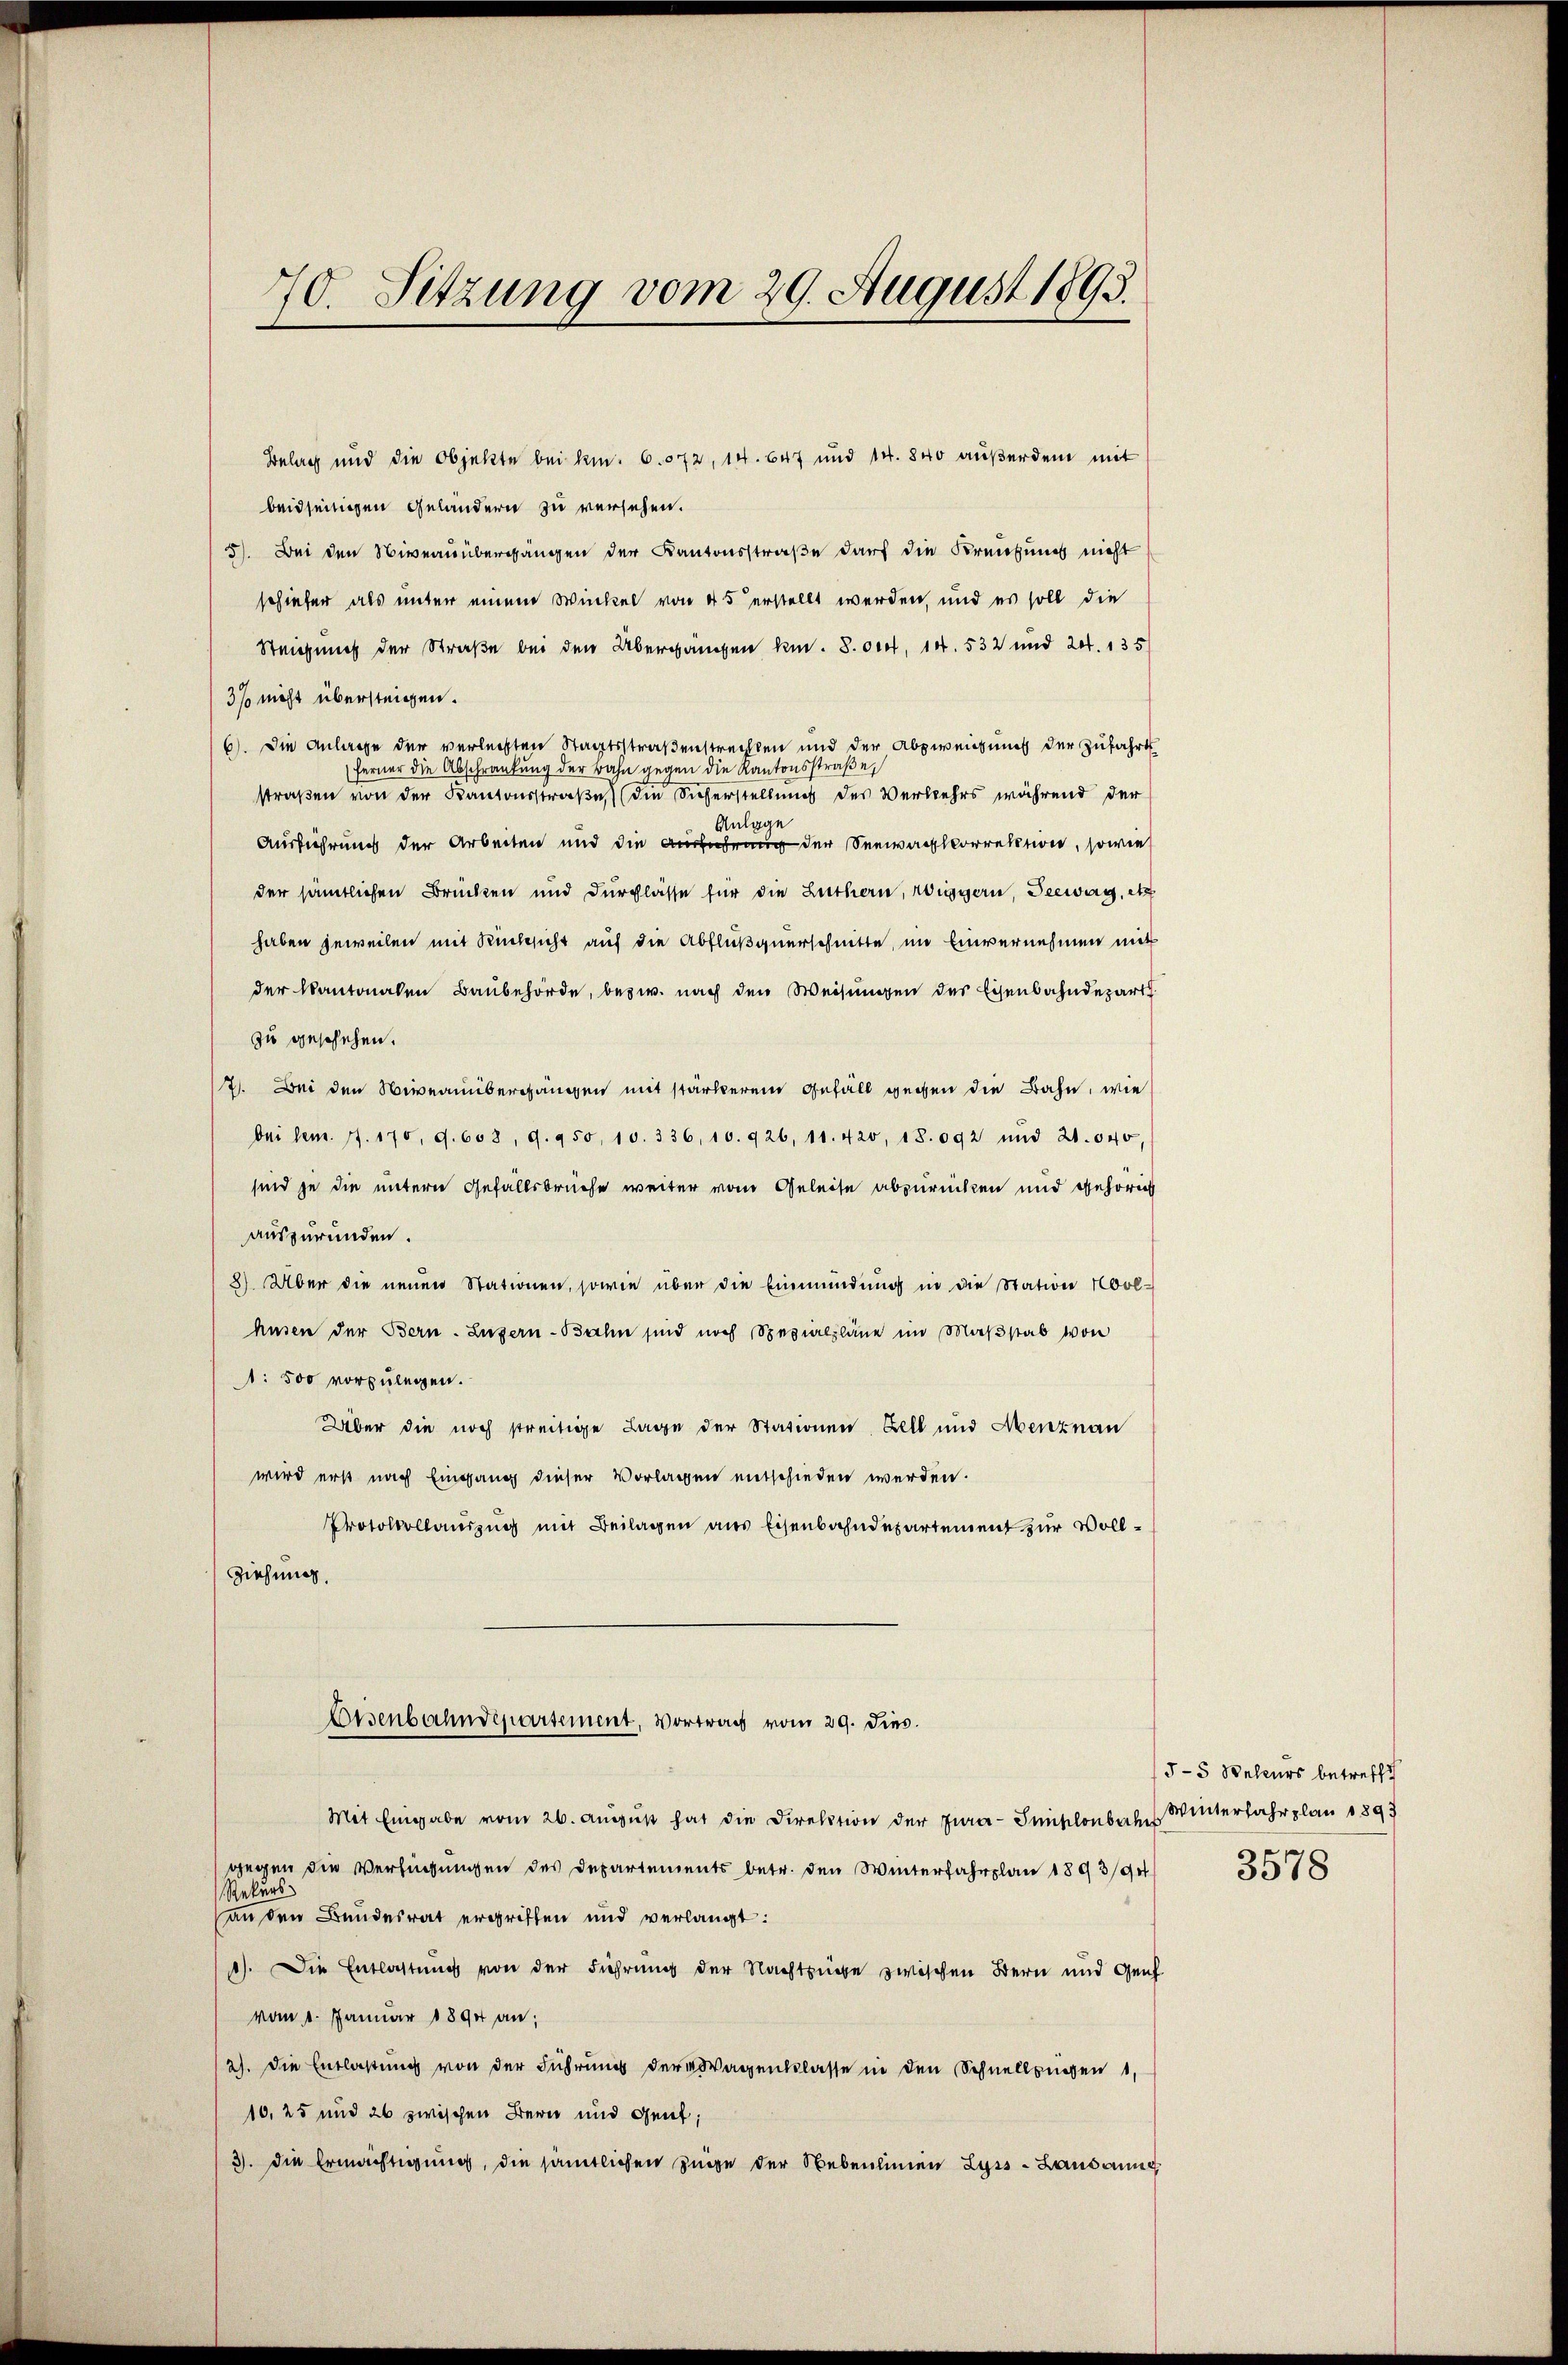
70. Sitzung vom 29. August 1893.

Belag und die Objekte bei kn. 6. 572, 14. Ort und 14. 840 außerdem mit
beidseitigen Geländern zu versehen.
5). Bei den Niveau übergängen der Kantonsstraße darf die Kreisung nicht
schiefer als unter einem Winkel von 45 erstellt werden, und es soll die
Steigung der Straße bei den Übergängen kn. 8. Oct. 14. 532 und 20. 135
3% nicht übersteigen.
6). Die Anlage der verlegten Staatsstraßenstrechten und der Abweichung der zufahrt
ferner die Abschränkung der Bahn gegen die Kantonsstraβe,
straßen von der Kantonsstraβe, (die Sicherstellung des Verkehrs während der
Anlage
Ausführung der Arbeiten und die Ausführung der Seewachkorrektion, sowie
der sämtlichen Brückten und Durchlasse für die Luthern, wiegern, Seewag, etc
haben jeweilen mit Rücksicht auf die Abflußquerschnitte, im Einvernehmen mit
der Kantonalen Baubehörde, bezw. nach den Weisungen des Eisenbahndepart
zu geschehen.
7. Bei den Niveauübergängen mit stärkerem Gefäll gegen die Bahn, wie
bei dem 17. 170, 9. 603, 9. 950, 10. 336, 10. 926, 11. 420, 18.092 und 21. 640,
sind je die untern Gefällsbrüche weiter vom Geleise abzurücken und gehörig
auszuründen.
8) Über die neuen Stationen, sowie über die Einmündung in die Station Nool-
husen der Bern. Luzern-Bahn sind noch Spezialpläne im Maβstab von
1: 500 vorzulegen.
Über die noch streitige Lage der Stationen Zell und Menznau
wird erst nach Eingang dieser Vorlagen entschieden werden.
Protokollauszug mit Beilagen aus Eisenbahndepartement zur Voll¬
Ziehung.
Eisenbahndepartement, Vortrag vom 29. Dies
Mit Eingabe vom 26. Aŭgŭst hat die Direktion der Jura-Smiklenbahn Winterfahrplau 1893
gegen die Verfügungen des Departements betr. den Winterfahrplan 1893/94
Rekurs
anden Bundesrat ergriffen und verlangt:
1). Die Entlastung von der Führung der Nachtzüge zwischen Bern und Genf
vom 1. Januar 1894 an;
2). Die Entlaßung von der Führung der Wagenklasse in den Schnellzügen 1,
10,25 und 26 zwischen Bern und Gent;
3. die Ermächtigung, die sämtlichen Zuge der Nebenlinien Lyss-Landaung

5-5 Beleurs betreffe

3578